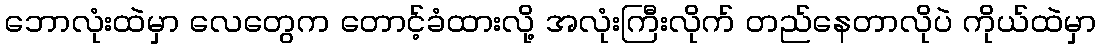
ဘောလုံးထဲမှာ လေတွေက တောင့်ခံထားလို့ အလုံးကြီးလိုက် တည်နေတာလိုပဲ ကိုယ်ထဲမှာ